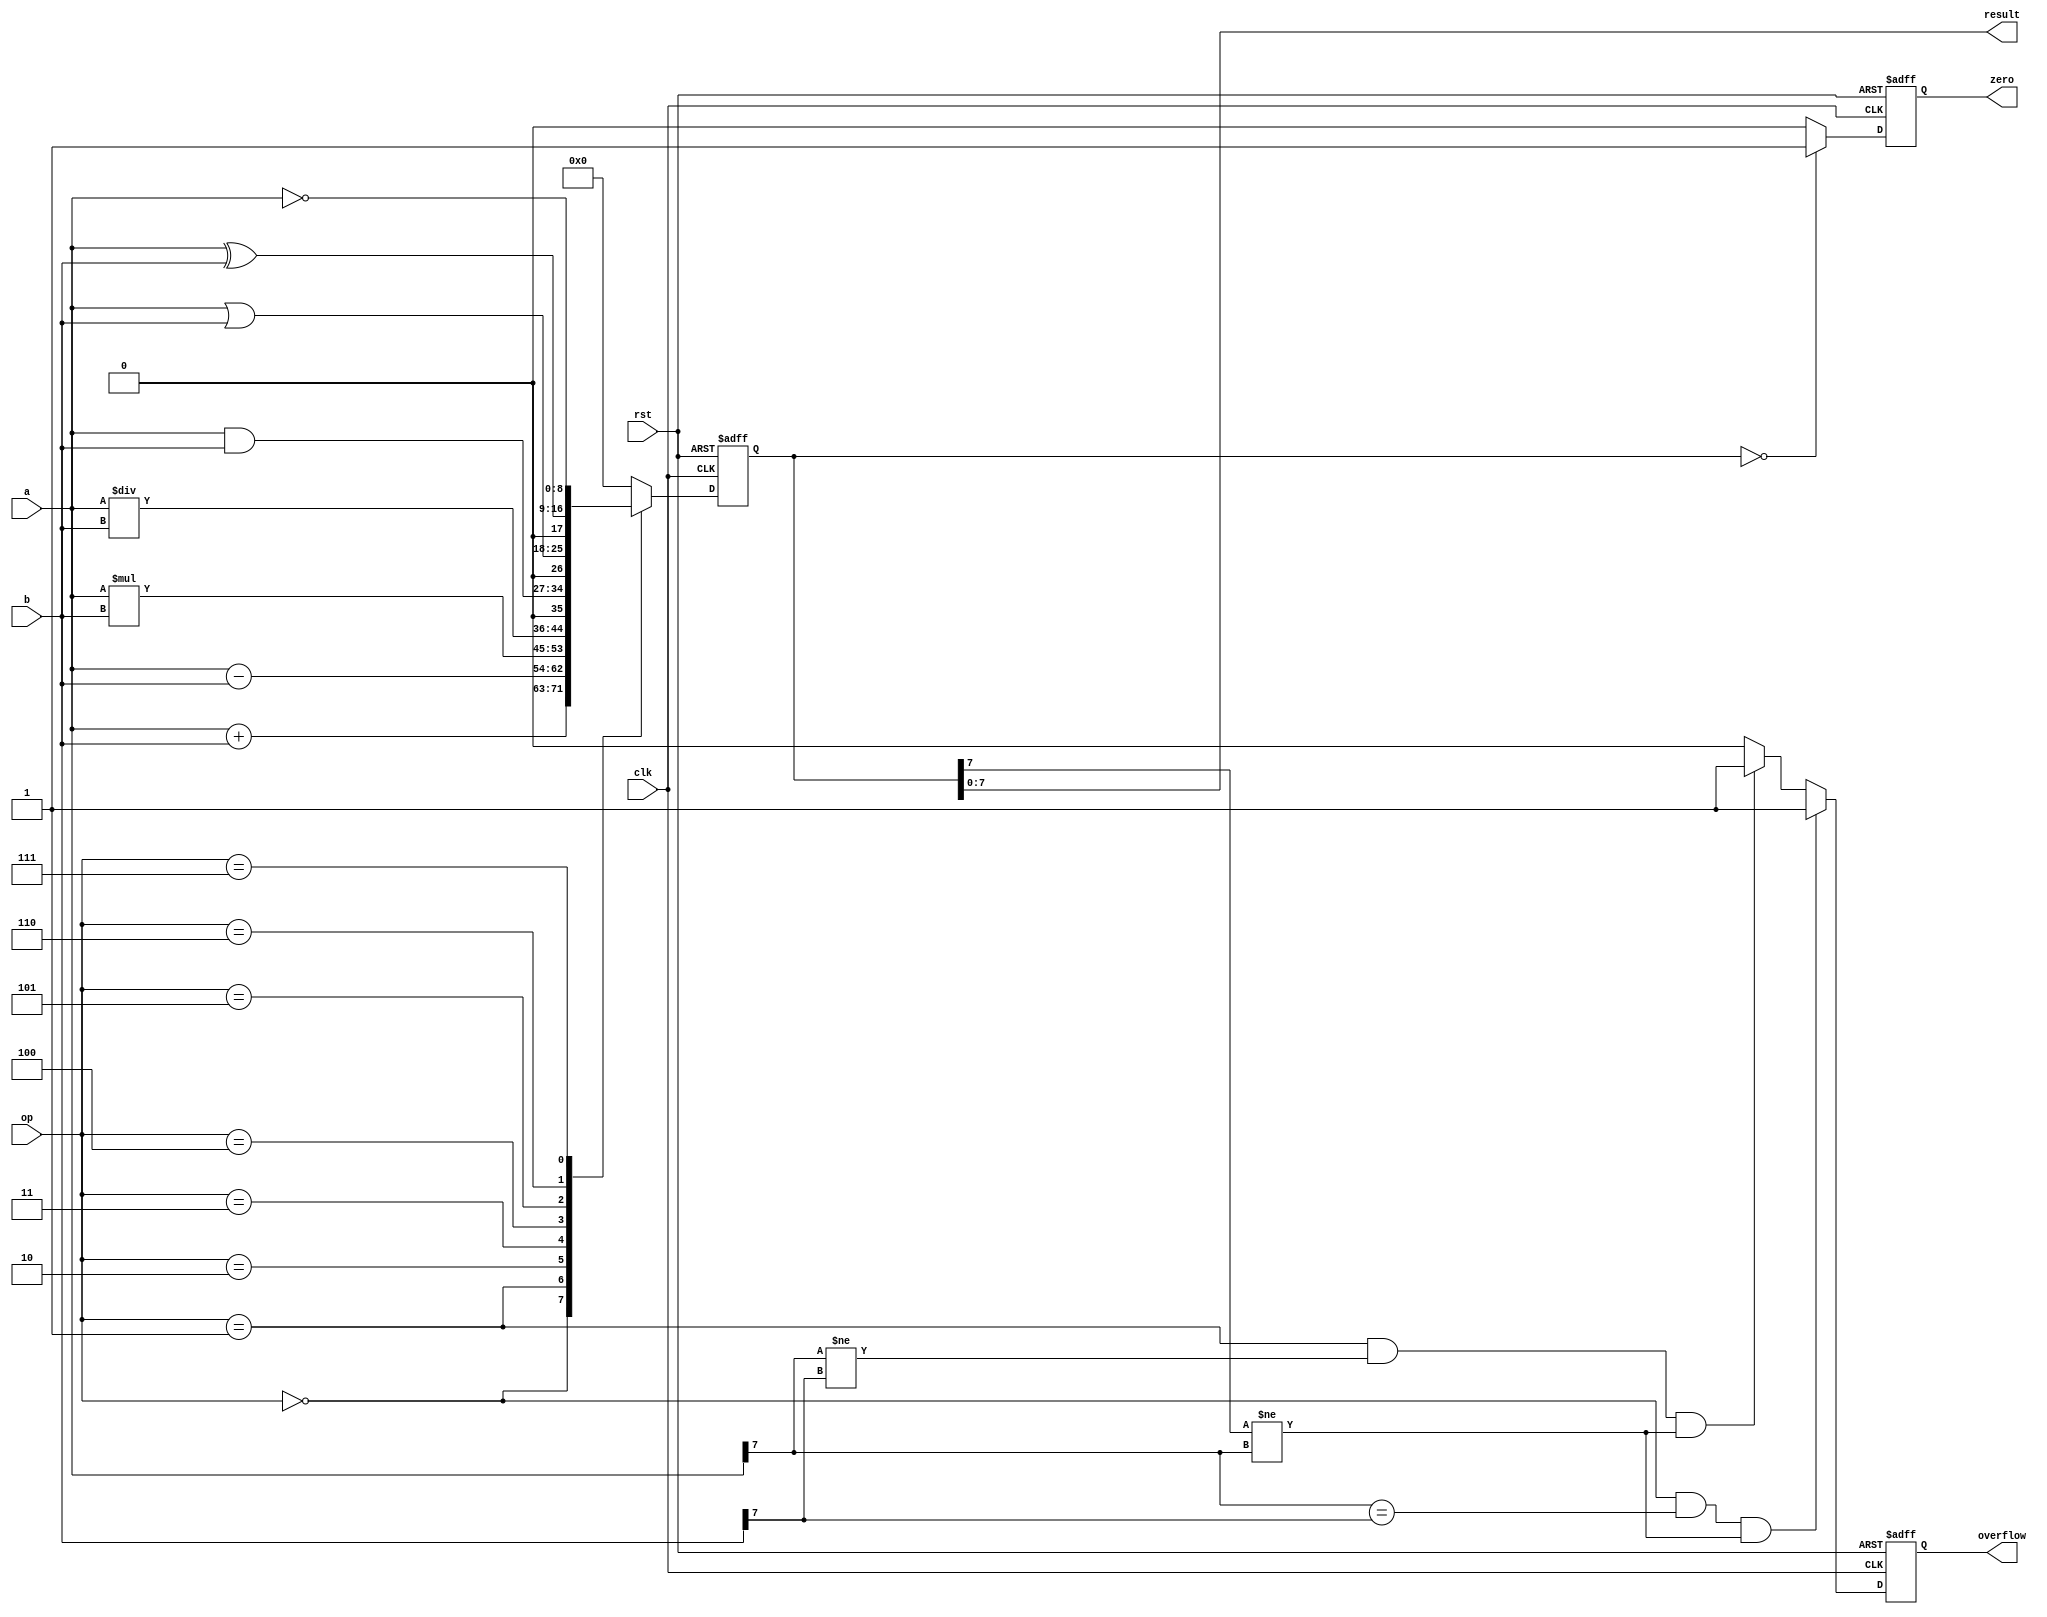
module ALU (
    input wire clk,
    input wire rst,
    input wire [3:0] op,
    input wire [7:0] a,
    input wire [7:0] b,
    output reg [7:0] result,
    output reg zero,
    output reg overflow
);

reg [8:0] temp_result;

always @ (posedge clk or posedge rst) begin
    if (rst) begin
        temp_result <= 8'b0;
        zero <= 1'b0;
        overflow <= 1'b0;
    end else begin
        case (op)
            4'b0000: temp_result <= a + b; // Addition
            4'b0001: temp_result <= a - b; // Subtraction
            4'b0010: temp_result <= a * b; // Multiplication
            4'b0011: temp_result <= a / b; // Division
            4'b0100: temp_result <= a & b; // Bitwise AND
            4'b0101: temp_result <= a | b; // Bitwise OR
            4'b0110: temp_result <= a ^ b; // Bitwise XOR
            4'b0111: temp_result <= ~a;    // Bitwise NOT
            default: temp_result <= 8'b0;
        endcase

        if (temp_result == 8'b0) zero <= 1'b1;
        else zero <= 1'b0;

        if (op == 4'b0000 && a[7] == b[7] && temp_result[7] != a[7]) overflow <= 1'b1;
        else if (op == 4'b0001 && a[7] != b[7] && temp_result[7] != a[7]) overflow <= 1'b1;
        else overflow <= 1'b0;
    end
end

assign result = temp_result;

endmodule